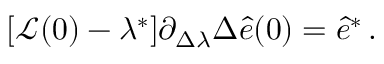
\begin{array} { r } { [ \mathcal { L } ( 0 ) - \lambda ^ { * } ] \partial _ { \Delta \lambda } \Delta \hat { e } ( 0 ) = \hat { e } ^ { * } \, . } \end{array}